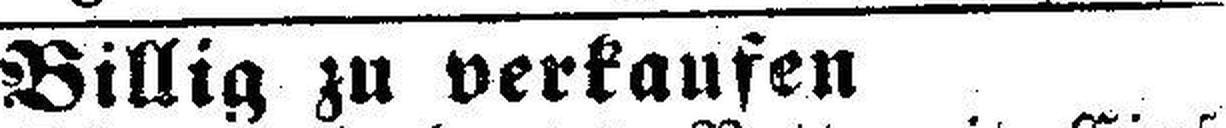
Billig zu verkaufen